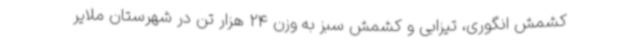
کشمش انگوری، تیزابی و کشمش سبز به وزن 24 هزار تن در شهرستان ملایر